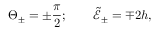
\Theta _ { \pm } = \pm \frac { \pi } { 2 } ; \qquad \tilde { \mathcal { E } } _ { \pm } = \mp 2 h ,